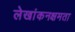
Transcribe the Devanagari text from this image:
लेखांकनक्षमता